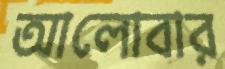
আলোবার